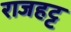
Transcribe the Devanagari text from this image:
राजहट्ट